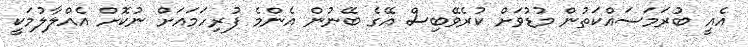
އެއީ ބުރަމަސައްކަތުން މުޑުވަށް ކުރެވޭބިސް އޭގެ ބޭނުން އެންމެ ފުރިހަމައަށް ނުކޮށް އެއްލާލުމަކީ